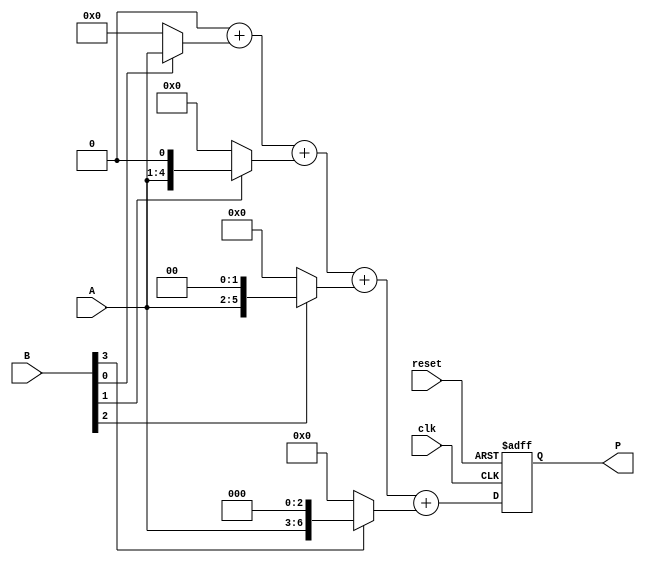
module vedic_multiplier #(parameter N = 4) (
    input  wire [N-1:0] A,
    input  wire [N-1:0] B,
    input  wire clk,
    input  wire reset,
    output reg [2*N-1:0] P
);

    reg [2*N-1:0] partial_products [0:N-1];
    reg [2*N-1:0] sum;
    integer i, j;

    // Generate Partial Products
    always @* begin
        for (i = 0; i < N; i = i + 1) begin
            partial_products[i] = (B[i] ? (A << i) : 0);
        end
    end

    // Crosswise Addition of Partial Products
    always @(posedge clk or posedge reset) begin
        if (reset) begin
            P <= 0;
        end else begin
            sum = 0;
            for (i = 0; i < N; i = i + 1) begin
                sum = sum + partial_products[i];
            end
            P <= sum;
        end
    end
endmodule